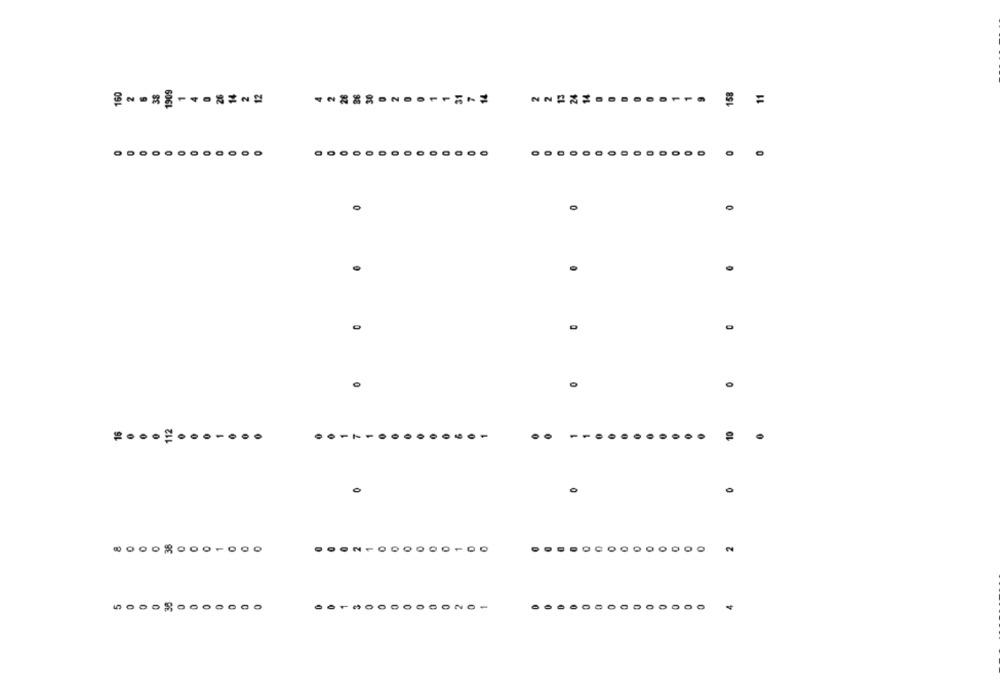
1909
160
2
38
26
36
31
14
158
NN2
=
0
0
10
...
...........
0
0
DO